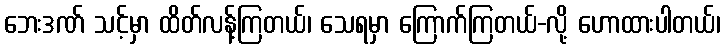
ဘေးဒဏ် သင့်မှာ ထိတ်လန့်ကြတယ်၊ သေရမှာ ကြောက်ကြတယ်-လို့ ဟောထားပါတယ်၊